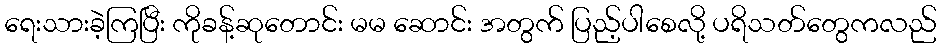
ရေးသားခဲ့ကြပြီး ကိုခန့်ဆုတောင်း မမ ဆောင်း အတွက် ပြည့်ပါစေလို့ ပရိသတ်တွေကလည်